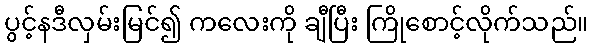
ပွင့်နဒီလှမ်းမြင်၍ ကလေးကို ချီပြီး ကြိုစောင့်လိုက်သည်။